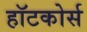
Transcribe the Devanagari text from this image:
हॉटकोर्स